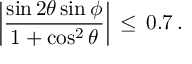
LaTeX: \left| \frac { \sin 2 \theta \sin \phi } { 1 + \cos ^ { 2 } \theta } \right| \, \leq \, 0 . 7 \, .